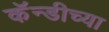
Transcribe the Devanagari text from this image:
कॅन्डीच्या